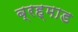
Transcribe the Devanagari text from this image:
ब्रह्माड